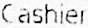
CASHIER